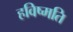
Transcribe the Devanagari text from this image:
हविष्मति